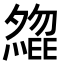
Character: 𡗃